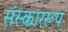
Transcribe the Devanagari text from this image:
संस्काररूप